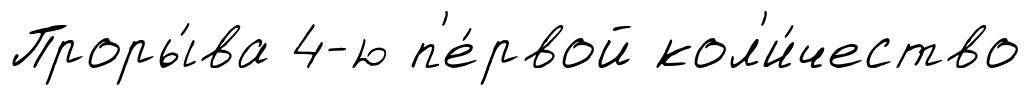
Проры́ва 4-ю п'е́рвой кол'и́чество